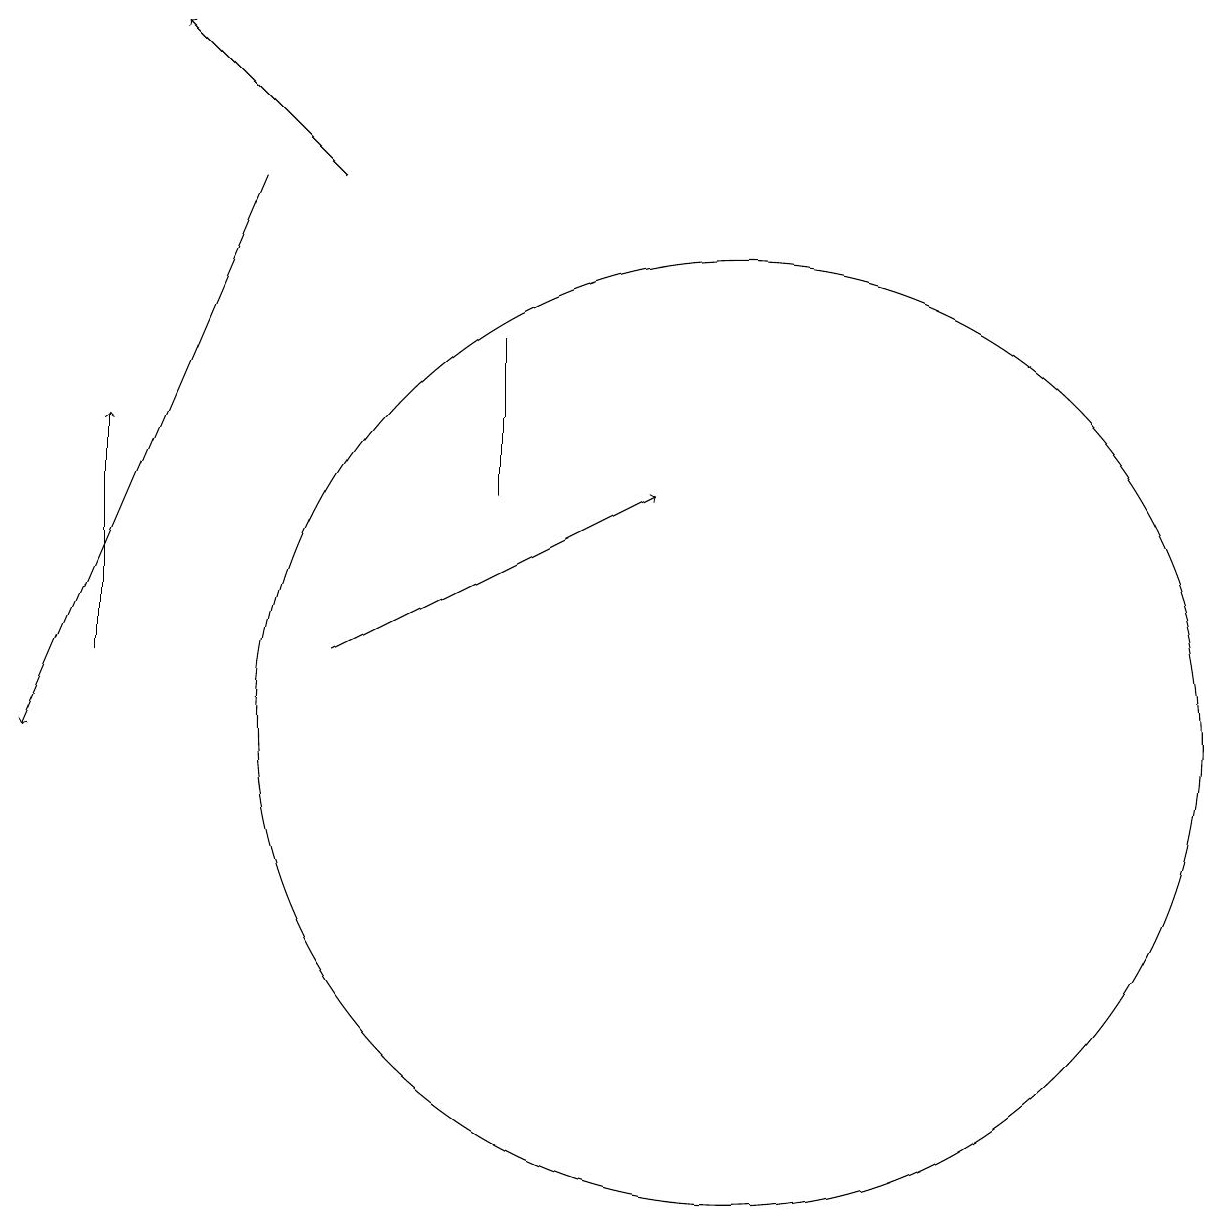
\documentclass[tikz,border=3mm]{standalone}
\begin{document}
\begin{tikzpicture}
\draw (7,15) rectangle (7,13);
\draw[->] (5,17) -- (3,19);
\draw[->] (5,11) -- (9,13);
\draw[->] (4,17) -- (1,10);
\draw[->] (2,11) -- (2,14);
\draw (10,10) circle (6);
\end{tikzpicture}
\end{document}